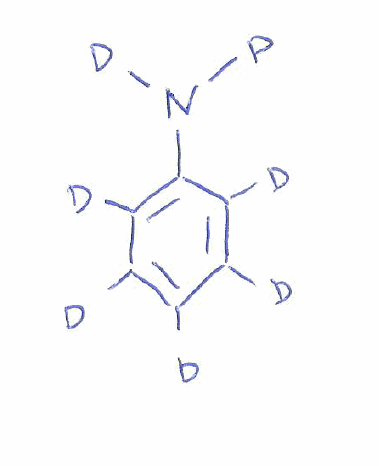
Simplified molecular-input line-entry system (SMILES) notation of the given molecule:
[2H]C1=C(C(=C(C(=C1[2H])[2H])N([2H])[2H])[2H])[2H]